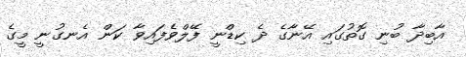
އާބިދާ ބުނި ގޮތުގައި އޭނާގެ ދެ ކިޑްނީ ފޭލްވެފައިވާ ކަން އެނގުނީ މީގެ